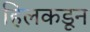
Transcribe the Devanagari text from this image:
हिलकडून